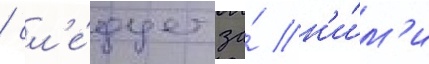
/ сл'е́дует за́ н'и́м'и